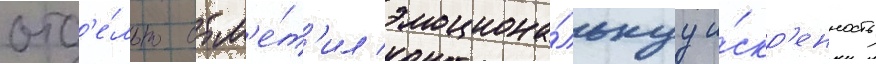
отд'е́льно отм'е́т'ил эмоциона́льнуу и́скр'енность